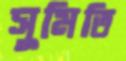
সুমিতি